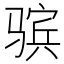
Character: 𱅤